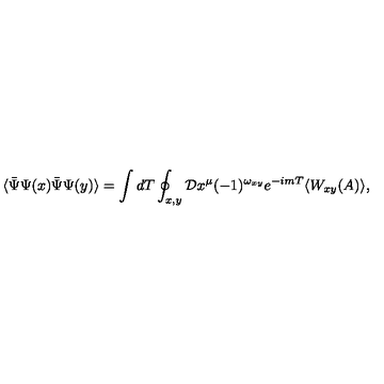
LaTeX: \langle \bar { \Psi } \Psi ( x ) \bar { \Psi } \Psi ( y ) \rangle = \int d T \oint _ { x , y } { \cal D } x ^ { \mu } ( - 1 ) ^ { \omega _ { x y } } e ^ { - i m T } \langle W _ { x y } ( A ) \rangle ,